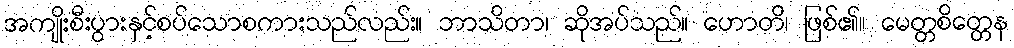
အကျိုးစီးပွားနှင့်စပ်သောစကားသည်လည်း။ ဘာသိတာ၊ ဆိုအပ်သည်။ ဟောတိ၊ ဖြစ်၏။ မေတ္တစိတ္တေန